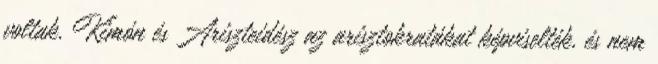
voltak. Kimón és Ariszteidész az arisztokratákat képviselték, és nem